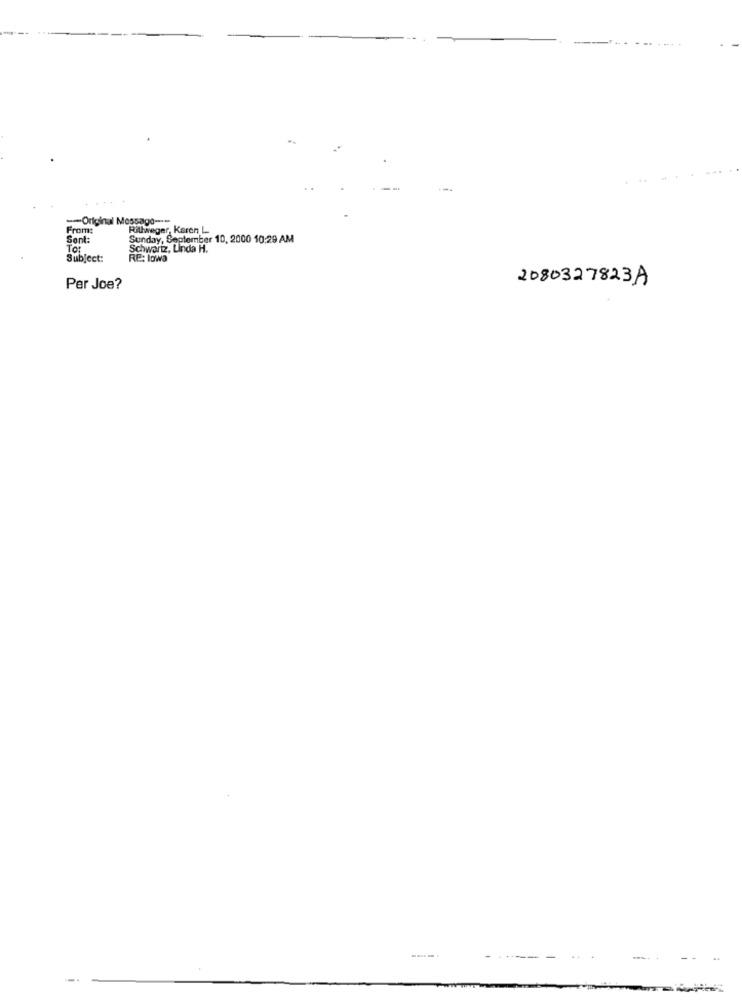
-- Original Message ---
From:
Rillweger, Karen L
Sent:
Sunday, September 10, 2000 10:29 AM
Schwartz, Linda H.
Subject:
RE: lowa
2080327823A
Per Joe?
------